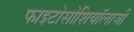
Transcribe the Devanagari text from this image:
फाइटोसोशियॉलाजी